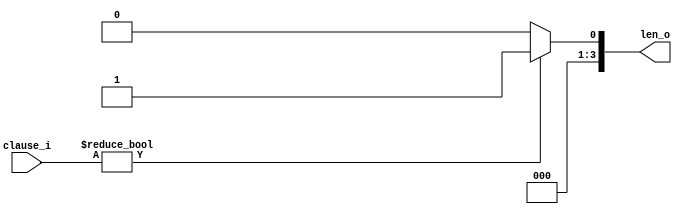
/**
*   
*/
module c_len1 #(
        parameter NUM = 1,
        parameter WIDTH = 4
    )
    (
        input [NUM*2-1 : 0]     clause_i,
        output [WIDTH-1 : 0]    len_o
    );

    assign len_o = clause_i != 0? 1 : 0;

endmodule